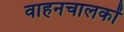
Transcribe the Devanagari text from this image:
वाहनचालकों